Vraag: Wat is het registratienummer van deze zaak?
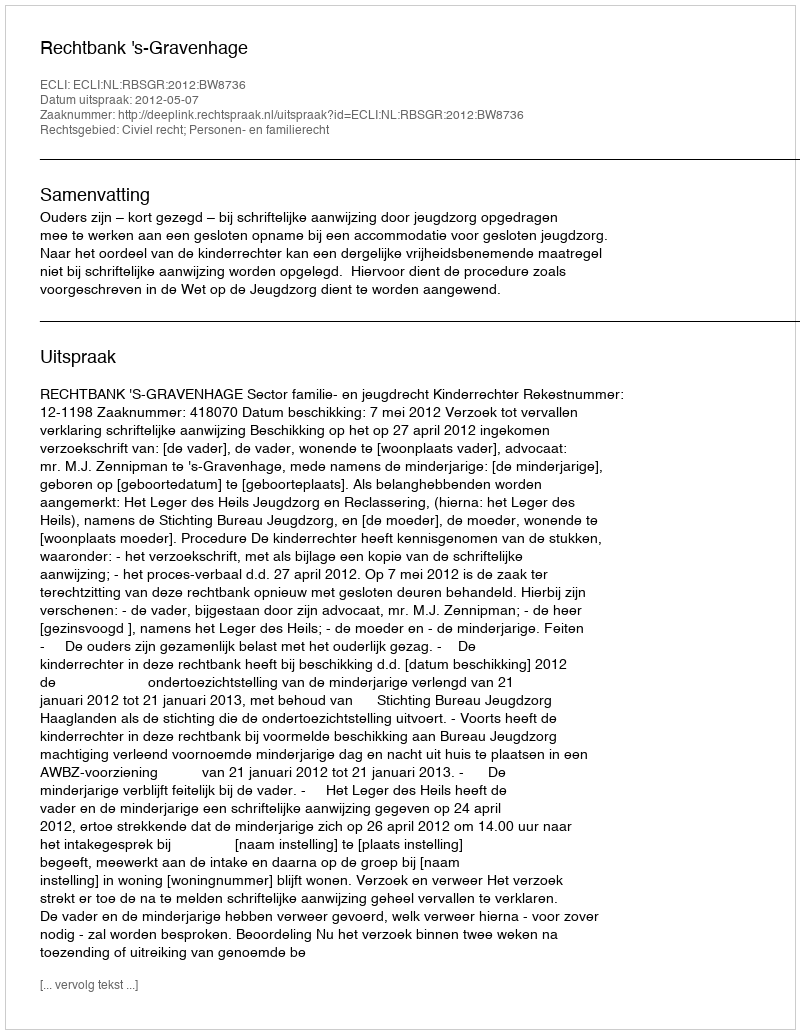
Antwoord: http://deeplink.rechtspraak.nl/uitspraak?id=ECLI:NL:RBSGR:2012:BW8736